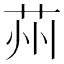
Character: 𦭴